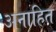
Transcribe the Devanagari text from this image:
अनाहित